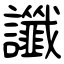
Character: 讖